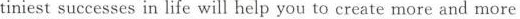
tiniest successes in life will help you to create more and more